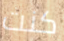
كنت